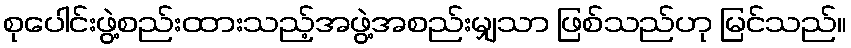
စုပေါင်းဖွဲ့စည်းထားသည့်အဖွဲ့အစည်းမျှသာ ဖြစ်သည်ဟု မြင်သည်။